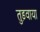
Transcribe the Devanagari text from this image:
तुड़वाया